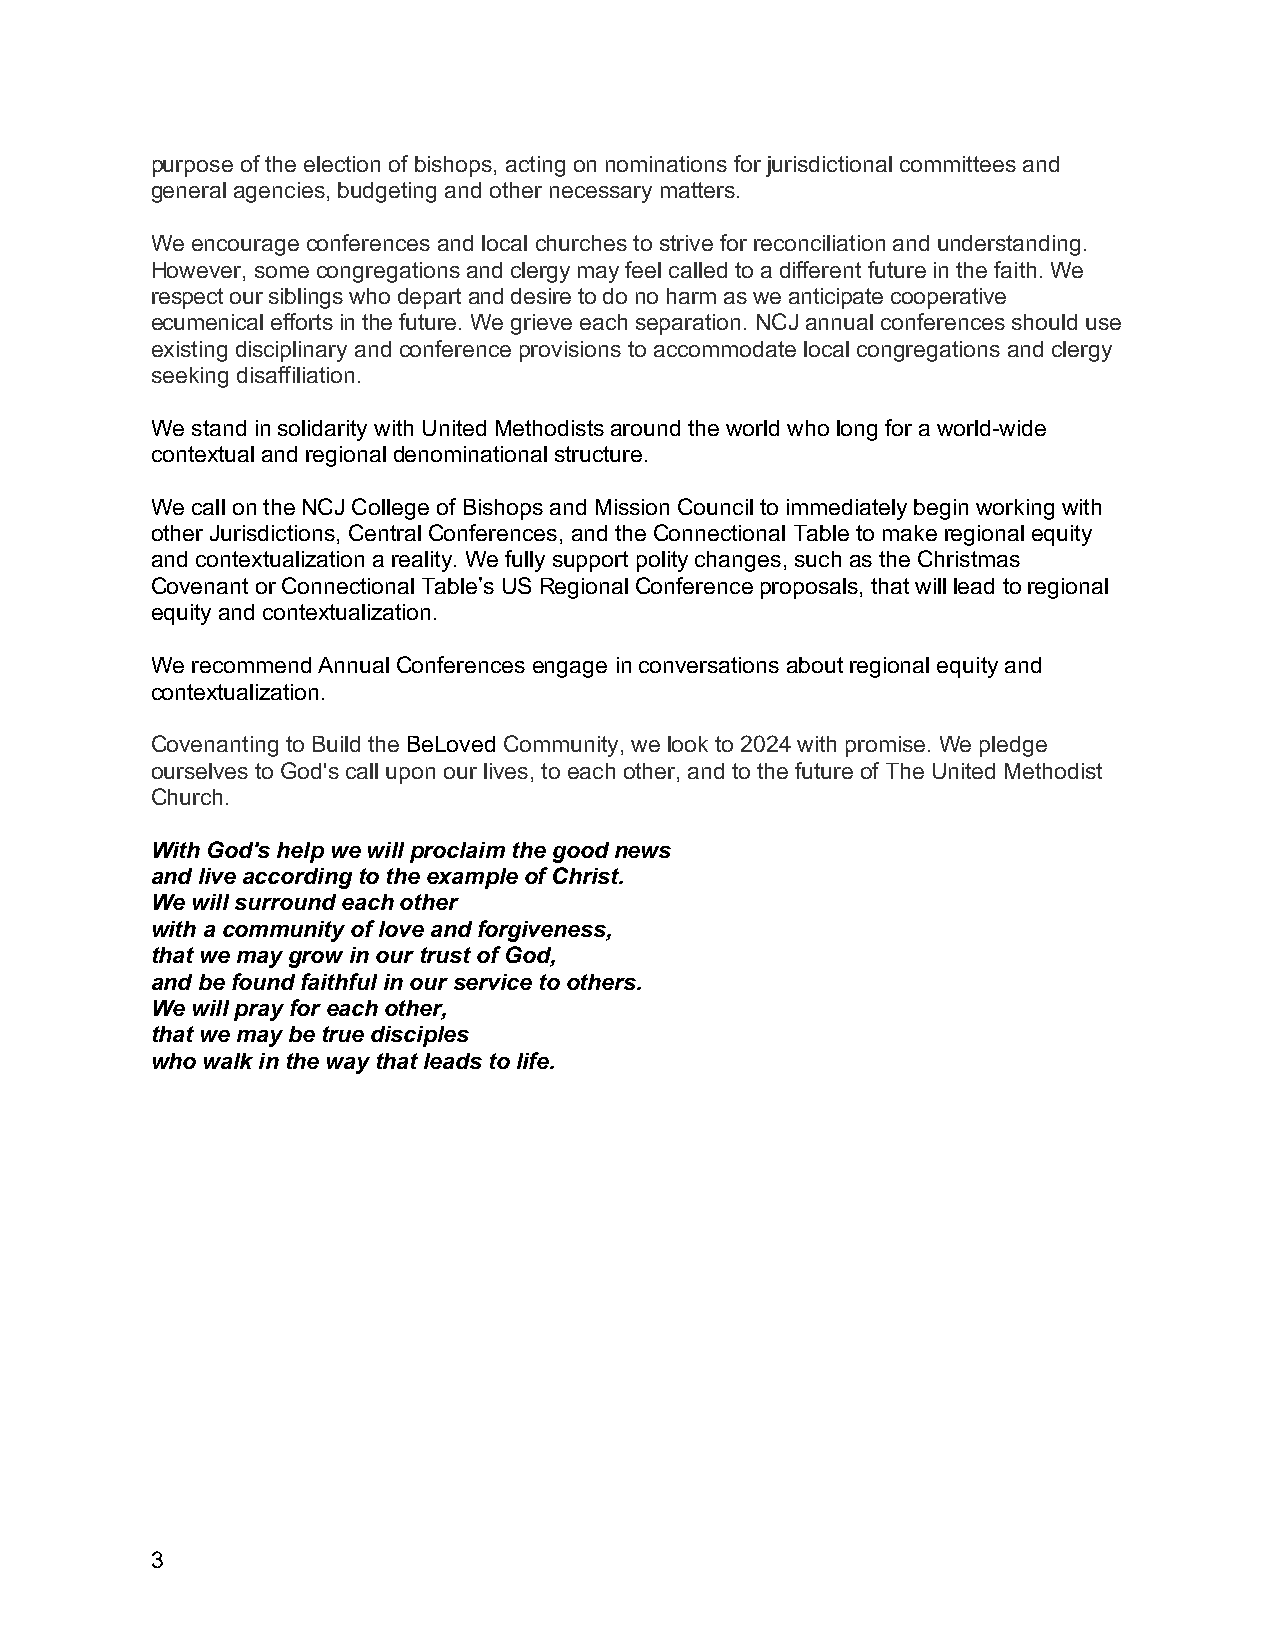
purpose of the election of bishops, acting on nominations for jurisdictional committees and
 general agencies, budgeting and other necessary matters.
 We encourage conferences and local churches to strive for reconciliation and understanding.
 However, some congregations and clergy may feel called to a different future in the faith. We
 respect our siblings who depart and desire to do no harm as we anticipate cooperative
 ecumenical efforts in the future. We grieve each separation. NCJ annual conferences should use
 existing disciplinary and conference provisions to accommodate local congregations and clergy
 seeking disaffiliation.
 We stand in solidarity with United Methodists around the world who long for a world-wide
 contextual and regional denominational structure.
 We call on the NCJ College of Bishops and Mission Council to immediately begin working with
 other Jurisdictions, Central Conferences, and the Connectional Table to make regional equity
 and contextualization a reality. We fully support polity changes, such as the Christmas
 Covenant or Connectional Table’s US Regional Conference proposals, that will lead to regional
 equity and contextualization.
 We recommend Annual Conferences engage in conversations about regional equity and
 contextualization.
 Covenanting to Build the BeLoved Community, we look to 2024 with promise. We pledge
 ourselves to God's call upon our lives, to each other, and to the future of The United Methodist
 Church.
 With God's help we will proclaim the good news
 and live according to the example of Christ.
 We will surround each other
 with a community of love and forgiveness,
 that we may grow in our trust of God,
 and be found faithful in our service to others.
 We will pray for each other,
 that we may be true disciples
 who walk in the way that leads to life.
 3